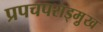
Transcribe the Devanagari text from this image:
प्रपचपराड्म़ुख